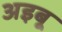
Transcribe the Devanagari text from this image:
अइबू